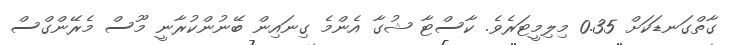
ގާތްގަނޑަކަށް 0.35 މިލިމީޓަރެވެ. ކާސްޓާ ޝުގާ އެންމެ ގިނައިން ބޭނުންކުރާނީ މޫސް މެރޭންގްސް